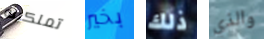
تملكينه بخير ذلك والذي